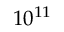
1 0 ^ { 1 1 }